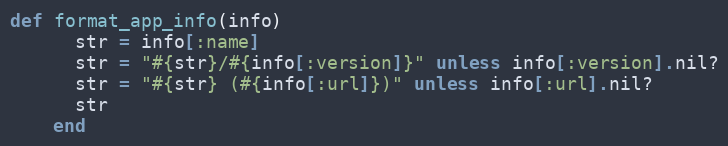
Language: Ruby
def format_app_info(info)
      str = info[:name]
      str = "#{str}/#{info[:version]}" unless info[:version].nil?
      str = "#{str} (#{info[:url]})" unless info[:url].nil?
      str
    end